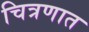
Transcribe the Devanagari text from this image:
चित्रणात